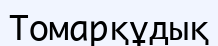
Томарқұдық